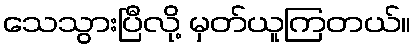
သေသွားပြီလို့ မှတ်ယူကြတယ်။